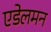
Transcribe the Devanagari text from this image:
एडेलमन